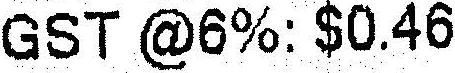
GST @6%: $0.46